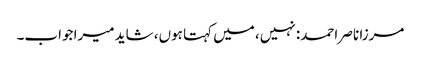
مرزا ناصر احمد: نہیں، میں کہتا ہوں، شاید میرا جواب۔